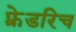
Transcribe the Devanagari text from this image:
फ़्रेडरिच